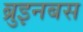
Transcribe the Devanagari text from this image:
ब्रुइनबस